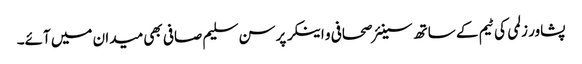
پشاور زلمی کی ٹیم کے ساتھ سینئر صحافی و اینکر پرسن سلیم صافی بھی میدان میں آئے۔